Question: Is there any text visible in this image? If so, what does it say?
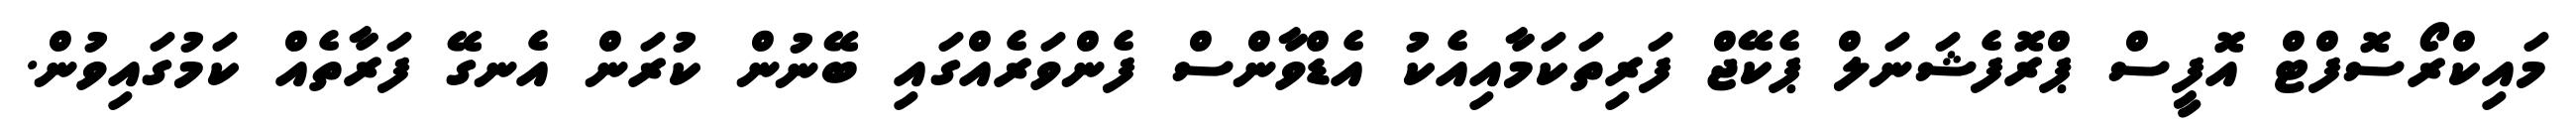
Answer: މައިކްރޯސޮފްޓް އޮފީސް ޕްރޮފެޝަނަލް ޕެކޭޖް ފަރިތަކަމާއިއެކު އެޑްވާންސް ފެންވަރެއްގައި ބޭނުން ކުރަން އެނގޭ ފަރާތެއް ކަމުގައިވުން.